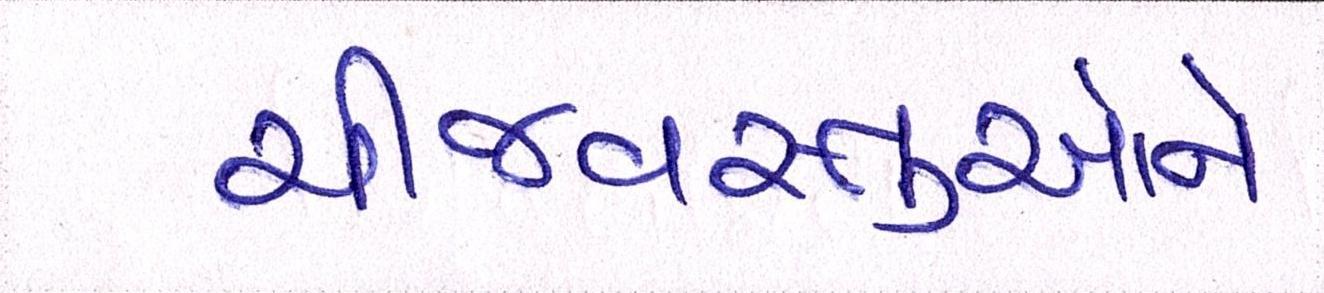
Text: ચીજવસ્તુઓને